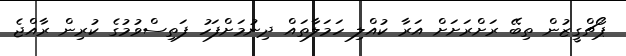
ޕޯޗްގީޒުން ތިބޭ ރަށްރަށަށް އަރާ ކުއްލި ހަމަލާތައް ދިނުމަށްފަހު ފަތިސްވުމުގެ ކުރިން ރާއްޖެ